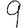
Digit: 9